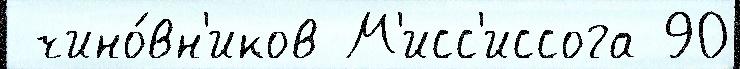
 чино́вн'иков М'исс'иссога 90